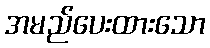
အမည်ပေးထားသော